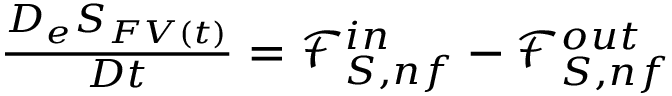
\begin{array} { r } { \frac { D _ { e } S _ { F V ( t ) } } { D t } = \mathcal { F } _ { S , n f } ^ { i n } - \mathcal { F } _ { S , n f } ^ { o u t } } \end{array}